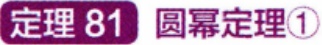
定理 81 圆幂定理\textcircled{1}